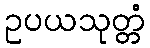
ဥပယသုတ္တံ